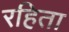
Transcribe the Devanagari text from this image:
रहिता